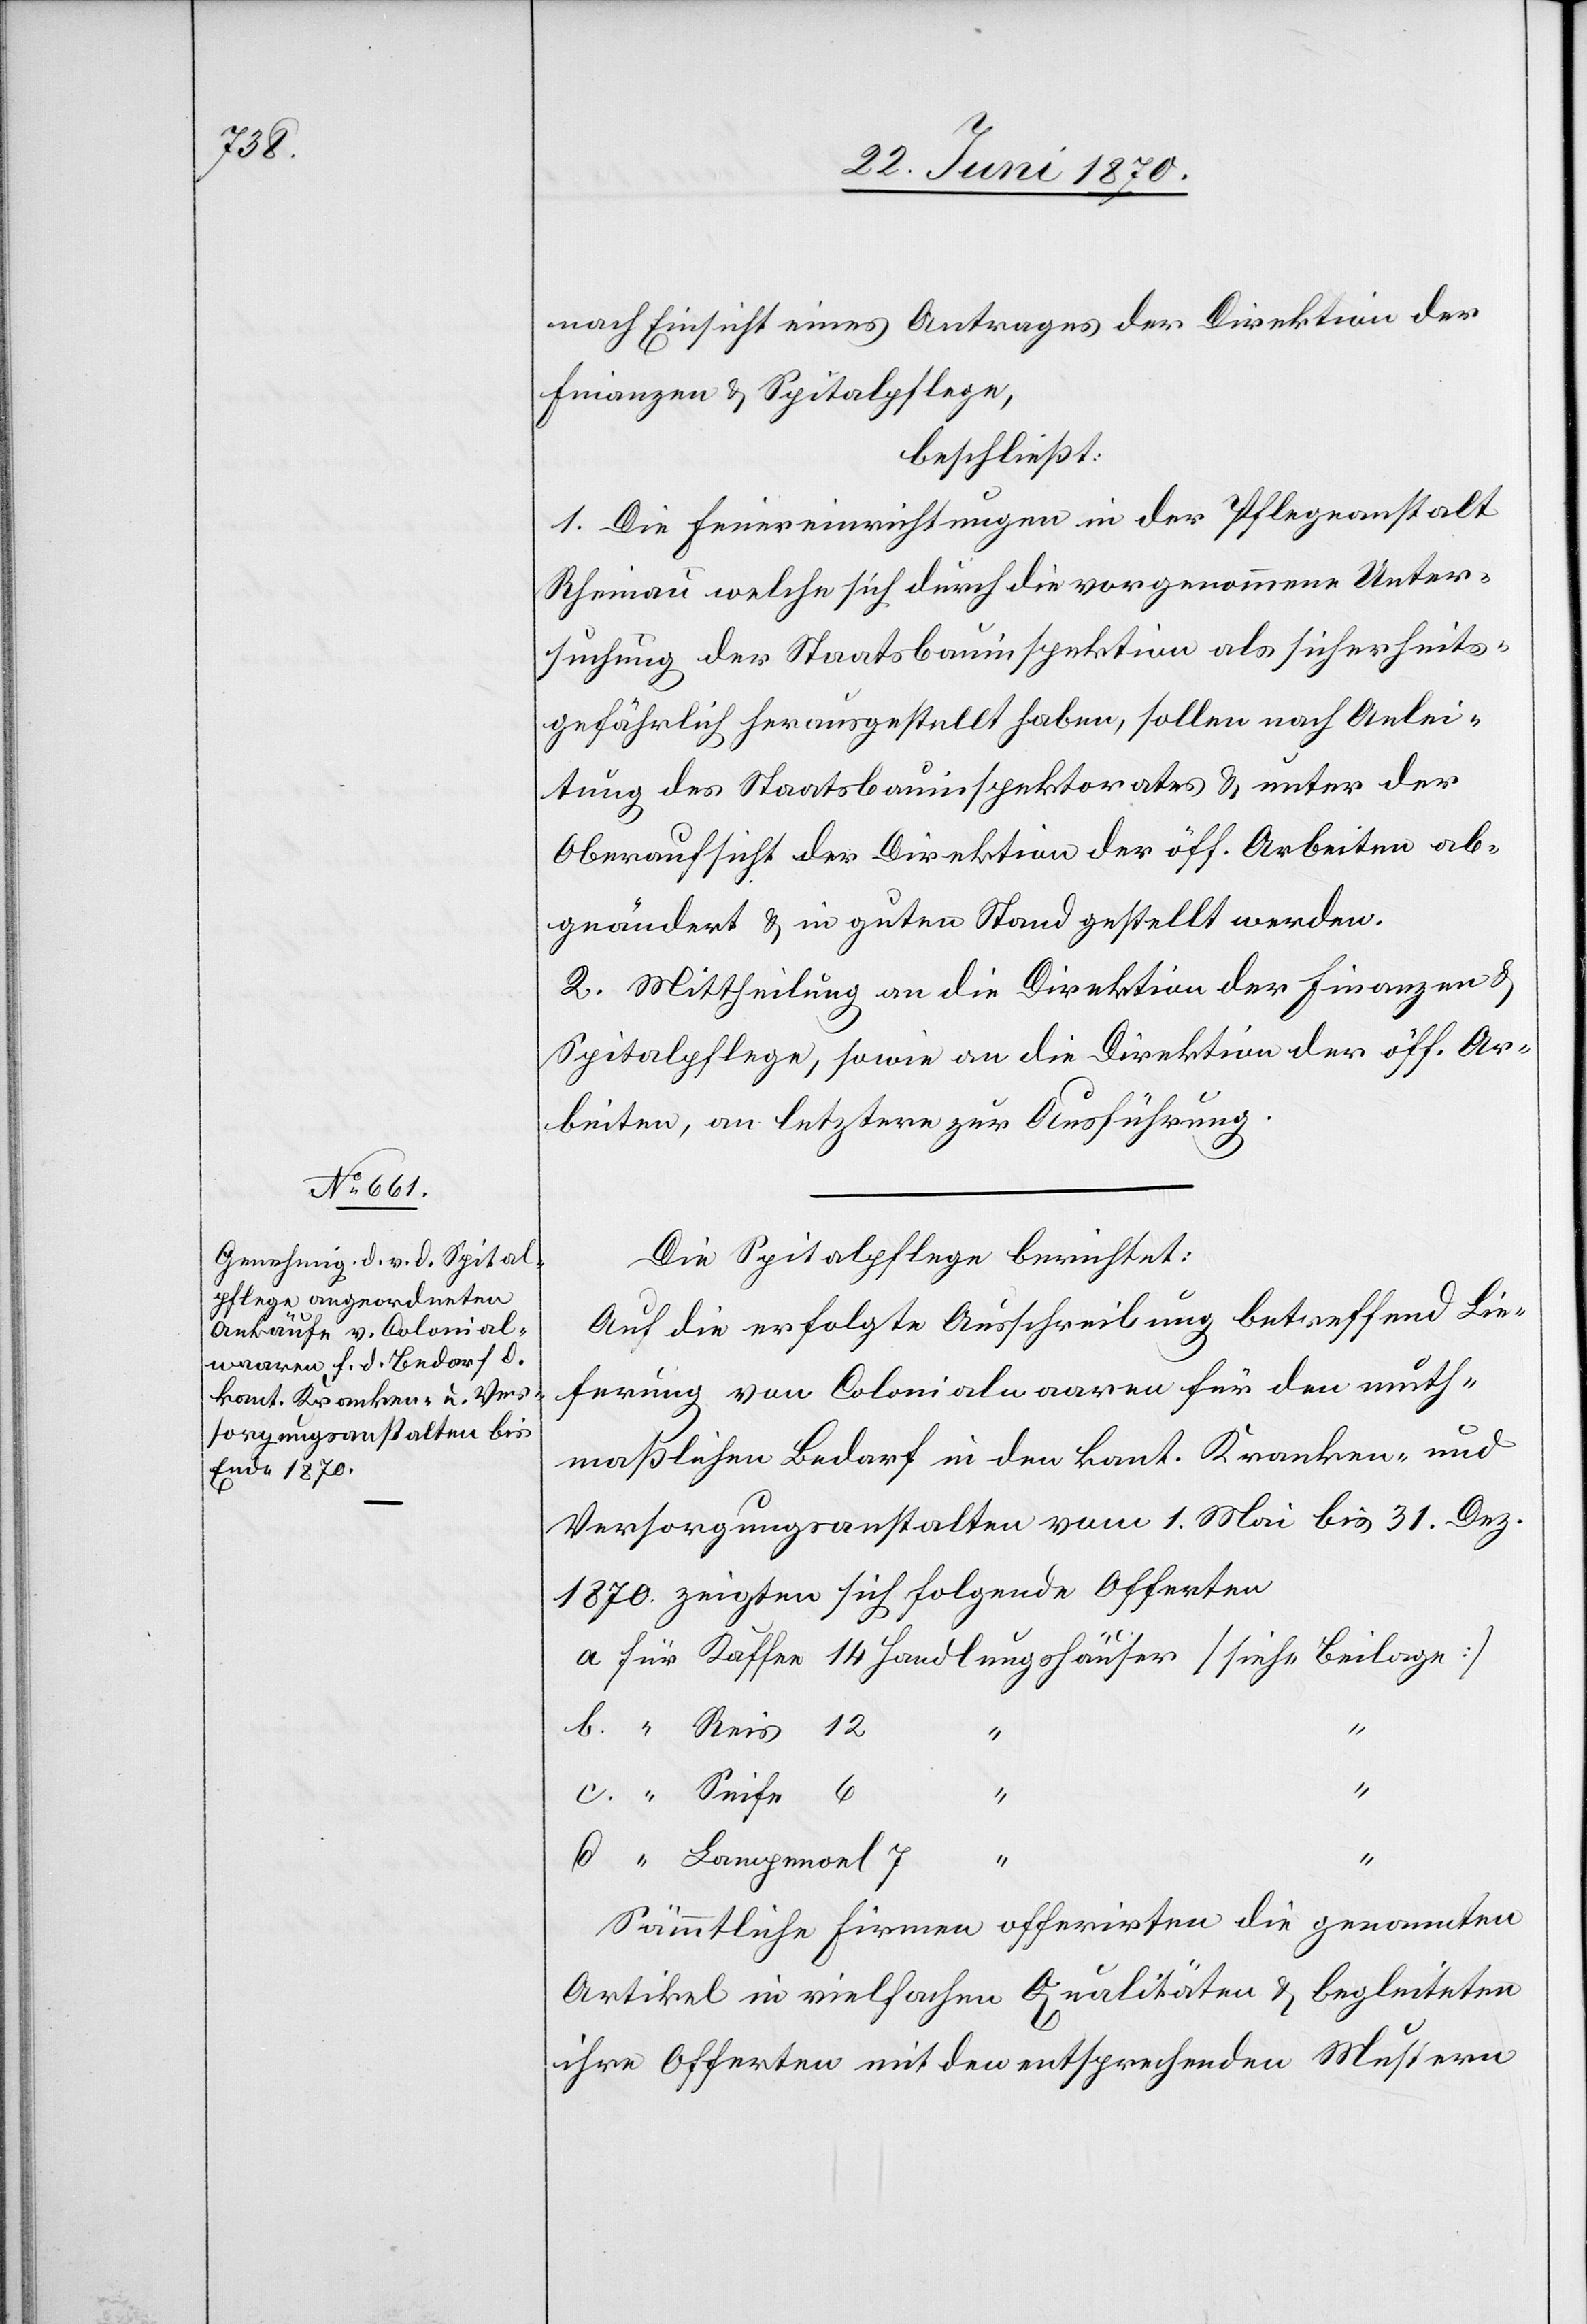
nach Einsicht eines Antrages der Direktion der
Finanzen & Spitalpflege,
beschließt:
1. Die Feuereinrichtungen in der Pflegeanstalt
Rheinau[,] welche sich durch die vorgenommene Unter¬
suchung der Staatsbauinspektion als sicherheits¬
gefährlich herausgestellt haben, sollen nach Anlei¬
tung des Staatsbauinspektorates & unter der
Oberaufsicht der Direktion der öff. Arbeiten ab¬
geändert & in guten Stand gestellt werden.
2. Mittheilung an die Direktion der Finanzen &
Spitalpflege, sowie an die Direktion der öff. Ar¬
beiten, an letztere zur Ausführung.
Die Spitalpflege berichtet:
Auf die erfolgte Ausschreibung betreffend Lie¬
ferung von Colonialwaaren für den muth¬
maßlichen Bedarf in den kant. Kranken- und
Versorgungsanstalten vom 1. Mai bis 31. Dez.
1870 zeigten sich folgende Offerten
c.
d.
Sämmtliche Firmen offerirten die genannten
Artikel in vielfacher Qualitäten & begleiteten
ihre Offerten mit den entsprechenden Mustern